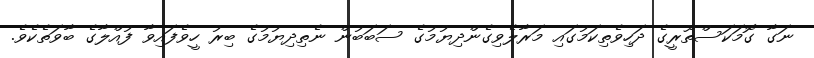
ނަގާ ގޮމަކަސްތޫރީގެ ދަހިވެތިކަމުގައި މަރާލެވިގެންދިޔުމުގެ ސަބަބުން ނެތިދިޔުމުގެ ބިރު ހީވެފައިވާ ފުއްލާގެ ބާވަތެކެވެ.